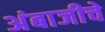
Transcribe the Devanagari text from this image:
अंबाजीचे